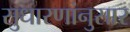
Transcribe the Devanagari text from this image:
सुधारणांनुसार